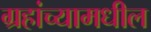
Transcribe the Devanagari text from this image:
ग्रहांच्यामधील